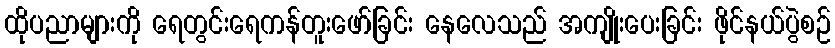
ထိုပညာများကို ရေတွင်းရေကန်တူးဖော်ခြင်း နေလေသည် အကျိုးပေးခြင်း ဖိုင်နယ်ပွဲစဉ်